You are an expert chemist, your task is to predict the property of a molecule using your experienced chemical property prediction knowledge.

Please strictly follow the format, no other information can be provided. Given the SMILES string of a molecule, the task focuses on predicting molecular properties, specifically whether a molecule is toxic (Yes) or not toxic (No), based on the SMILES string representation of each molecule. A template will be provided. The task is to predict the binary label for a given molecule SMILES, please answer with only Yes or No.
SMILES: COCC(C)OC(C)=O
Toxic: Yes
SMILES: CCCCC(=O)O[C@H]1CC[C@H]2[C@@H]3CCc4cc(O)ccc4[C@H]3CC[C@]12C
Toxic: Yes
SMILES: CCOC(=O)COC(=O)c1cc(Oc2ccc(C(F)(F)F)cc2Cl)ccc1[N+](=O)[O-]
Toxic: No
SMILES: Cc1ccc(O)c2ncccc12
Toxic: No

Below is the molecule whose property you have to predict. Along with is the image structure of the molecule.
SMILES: COc1ccc(N)c([N+](=O)[O-])c1
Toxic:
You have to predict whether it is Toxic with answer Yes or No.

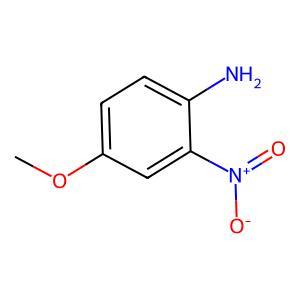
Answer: No